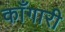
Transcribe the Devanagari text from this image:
काँगारी